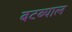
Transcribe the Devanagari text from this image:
बटब्याल